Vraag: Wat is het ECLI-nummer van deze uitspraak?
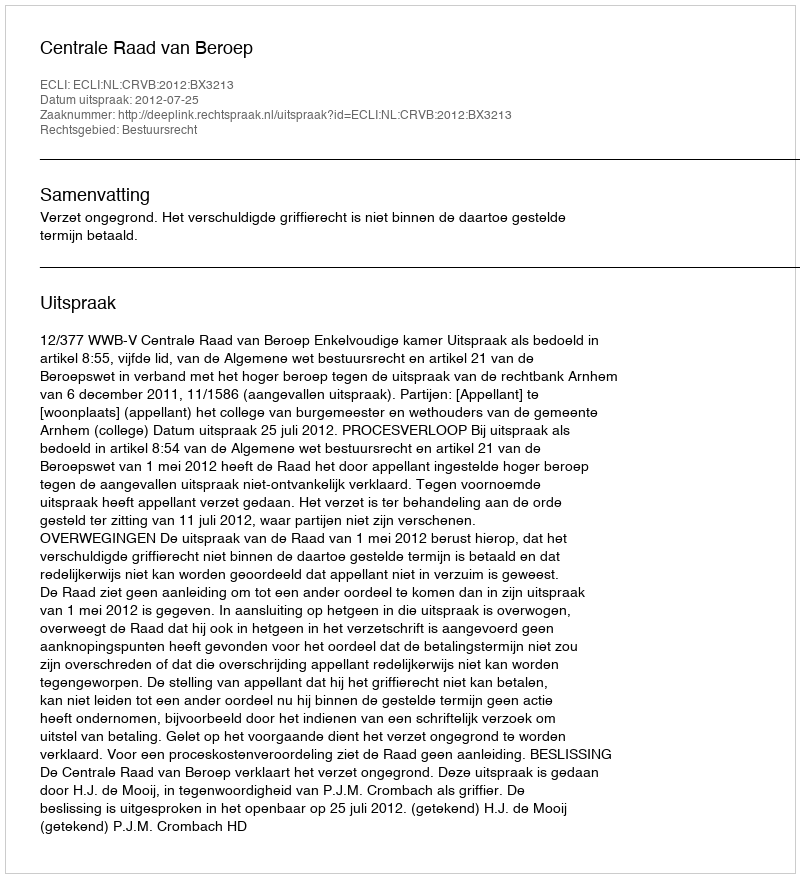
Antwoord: ECLI:NL:CRVB:2012:BX3213